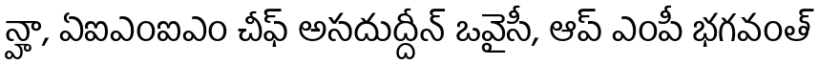
న్హా, ఏఐఎంఐఎం చీఫ్ అసదుద్దీన్ ఒవైసీ, ఆప్ ఎంపీ భగవంత్